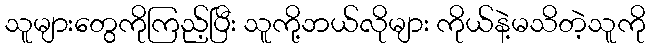
သူများတွေကိုကြည့်ပြီး သူကို့ဘယ်လိုများ ကိုယ်နဲ့မသိတဲ့သူကို